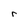
Character: r